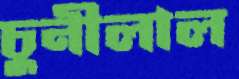
চুনীলাল